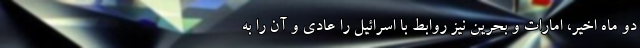
دو ماه اخیر، امارات و بحرین نیز روابط با اسرائیل را عادی و آن را به